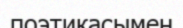
поэтикасымен